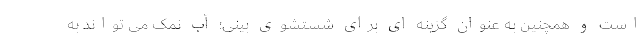
است و همچنین به عنوان گزینه ای برای شستشوی بینی؛ آب نمک می تواند به